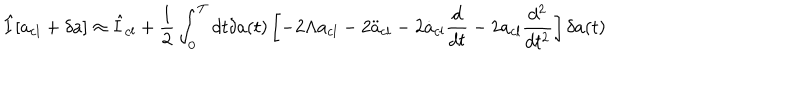
LaTeX: \hat { I } [ a _ { c l } + \delta a ] \approx \hat { I } _ { c l } + \frac { 1 } { 2 } \int _ { 0 } ^ { T } d t \delta a ( t ) \left[ - 2 \Lambda a _ { c l } - 2 \ddot { a } _ { c l } - 2 \dot { a } _ { c l } \frac { d } { d t } - 2 a _ { c l } \frac { d ^ { 2 } } { d t ^ { 2 } } \right] \delta a ( t )